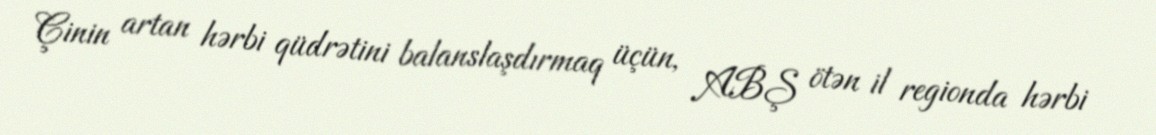
Çinin artan hərbi qüdrətini balanslaşdırmaq üçün, ABŞ ötən il regionda hərbi